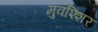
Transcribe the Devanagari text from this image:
मुवश्शिर